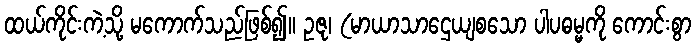
ထယ်ကိုင်းကဲ့သို့ မကောက်သည်ဖြစ်၍။ ဥဇု၊ (မာယာသာဌေယျစသော ပါပဓမ္မကို ကောင်းစွာ